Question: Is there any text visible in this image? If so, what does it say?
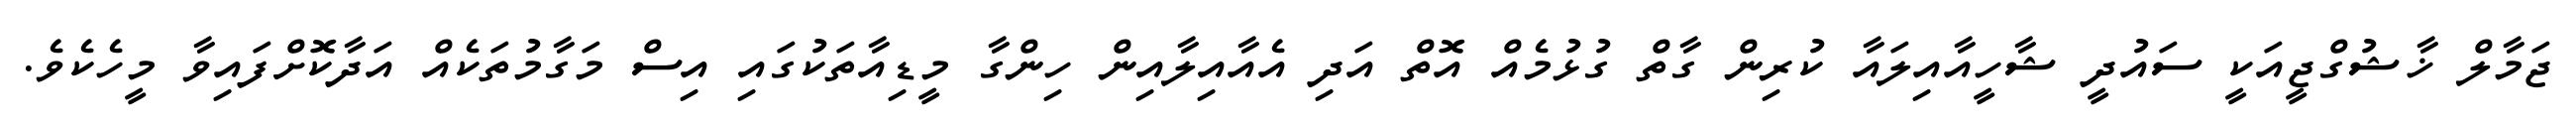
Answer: ޖަމާލް ޚާޝުގްޖީއަކީ ސައުދީ ޝާހީއާއިލައާ ކުރިން ގާތް ގުޅުމެއް އޮތް އަދި އެއާއިލާއިން ހިންގާ މީޑިއާތަކުގައި އިސް މަގާމުތަކެއް އަދާކޮށްފައިވާ މީހެކެވެ.